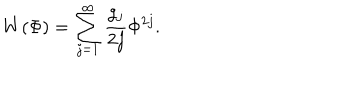
W ( \Phi ) = \sum _ { j = 1 } ^ { \infty } \frac { g _ { j } } { 2 j } \Phi ^ { 2 j } .